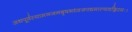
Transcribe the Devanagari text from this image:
अथपूर्वस्यामञजनबृषभध्वजपद्ममाल्यवद्गिरयः।